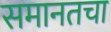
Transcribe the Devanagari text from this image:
समानतचा